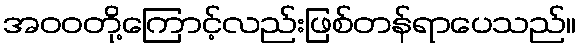
အဝဝတို့ကြောင့်လည်းဖြစ်တန်ရာပေသည်။